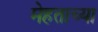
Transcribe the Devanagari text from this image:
मेहताच्या